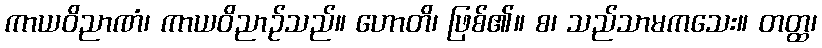
ကာယဝိညာဏံ၊ ကာယဝိညာဉ်သည်။ ဟောတိ၊ ဖြစ်၏။ စ၊ သည်သာမကသေး။ တတ္ထ၊